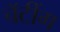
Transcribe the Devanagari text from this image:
चॅटींग